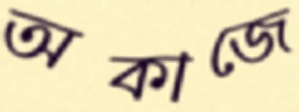
অকাজে